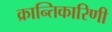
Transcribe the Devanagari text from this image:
क्रान्तिकारिणी